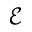
\mathcal { E }